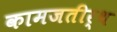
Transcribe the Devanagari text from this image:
कामजतीर्थ